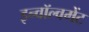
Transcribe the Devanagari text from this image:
इन्वॉल्वमेंट